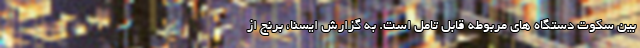
بین سکوت دستگاه های مربوطه قابل تامل است. به گزارش ایسنا، برنج از